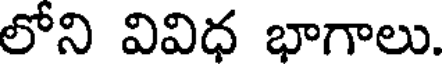
లోని వివిధ భాగాలు.